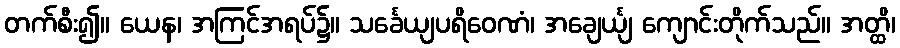
တက်စီး၍။ ယေန၊ အကြင်အရပ်၌။ သင်္ခေယျပရိဝေဏံ၊ အချေင်္ယျ ကျောင်းတိုက်သည်။ အတ္ထိ၊